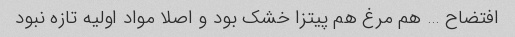
افتضاح … هم مرغ هم پیتزا خشک بود و اصلا مواد اولیه تازه نبود